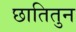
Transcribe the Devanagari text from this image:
छातितुन